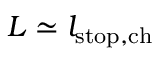
L \simeq l _ { \mathrm { s t o p , c h } }